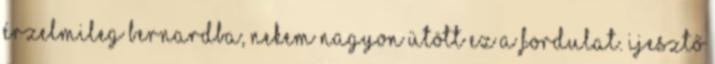
érzelmileg Bernardba, nekem nagyon ütött ez a fordulat. Ijesztő